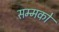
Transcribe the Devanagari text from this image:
सम्मको